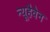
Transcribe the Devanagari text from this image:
न्यूहैवेन